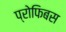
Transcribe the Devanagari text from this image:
प्रोफिबस